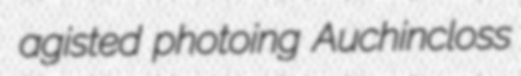
agisted photoing Auchincloss